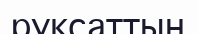
руқсаттың